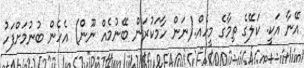
އޭނާ އަކީ. ކަލޭގެ ތިމާގެ މީހެއް.(ނަން ހާމަކުރަން ބޭނުމެއް ނޫން) އެހެން ބުނުމަށްފަހު